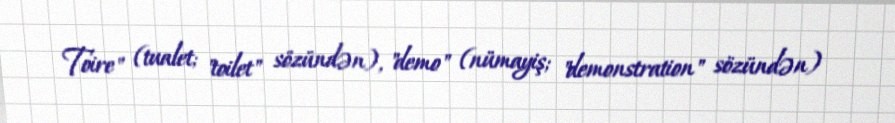
Toire" (tualet; "toilet" sözündən), "demo" (nümayiş; "demonstration" sözündən)